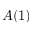
A ( 1 )